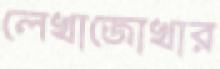
লেখাজোখার